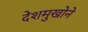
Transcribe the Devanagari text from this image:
देशमुखोने